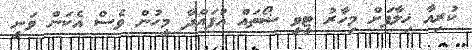
ކުރިއާ ޚިލާފަށް މިހާރު ޓީވީ ޝޯތައް އުފައްދާ މީހުން ވެސް އެކަން ވަނީ